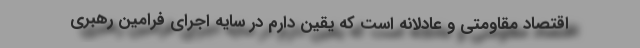
اقتصاد مقاومتی و عادلانه است که یقین دارم در سایه اجرای فرامین رهبری